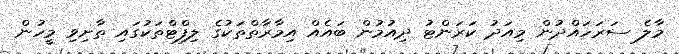
މާލެ ސަރަހައްދުން މިއަދު ކަރަންޓު ދިއުމުން ބައެއް އިމާރާތްތަކުގެ ލިފްޓްތަކުގައި ތާށިވި މީހުން